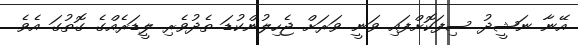
އޭނާ ނަޝީދު ސިފަކޮށްފައި ވަނީ ވަރަށް ޖެހިލުންކުޑަ ތެދުވެރި ލީޑަރެއްގެ ގޮތުގަ އެވެ.